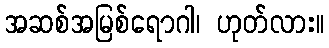
အဆစ်အမြစ်ရောဂါ၊ ဟုတ်လား။